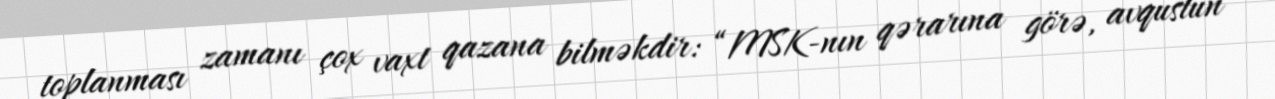
toplanması zamanı çox vaxt qazana bilməkdir: “MSK-nın qərarına görə, avqustun